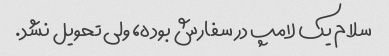
سلام یک لامپ در سفارش بوده، ولی تحویل نشد.